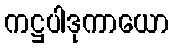
ကဋ္ဌပါဒုကာယော